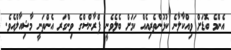
އެންމެ ބޮޑަށް ވިއްކާލާނެ ކުޅުންތެރިއެއް ކަމަށް ބެލެވެނީ ފްރާންސްގެ ވިންގަރ އެންތަނީ މާޝިއާލްއެވެ.